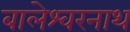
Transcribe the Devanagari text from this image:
बालेश्वरनाथ